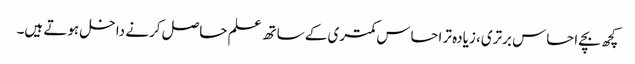
کچھ بچے احساس برتری، زیادہ تر احساس کمتری کے ساتھ علم حاصل کرنے داخل ہوتے ہیں۔